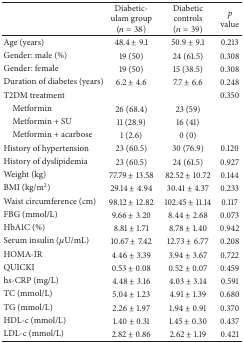
|  | Diabetic-ulam group (n = 38) | Diabetic controls (n = 39) | p value |
 | --- | --- | --- | --- |
 | Age (years) | 48.4 ± 9.1 | 50.9 ± 9.1 | 0.213 |
 | Gender: male (%) | 19 (50) | 24 (61.5) | 0.308 |
 | Gender: female | 19 (50) | 15 (38.5) | 0.308 |
 | Duration of diabetes (years) | 6.2 ± 4.6 | 7.7 ± 6.6 | 0.248 |
 | T2DM treatment |  |  | 0.350 |
 | Metformin | 26 (68.4) | 23 (59) |  |
 | Metformin + SU | 11 (28.9) | 16 (41) |  |
 | Metformin + acarbose | 1 (2.6) | 0 (0) |  |
 | History of hypertension | 23 (60.5) | 30 (76.9) | 0.120 |
 | History of dyslipidemia | 23 (60.5) | 24 (61.5) | 0.927 |
 | Weight (kg) | 77.79 ± 13.58 | 82.52 ± 10.72 | 0.144 |
 | BMI (kg/m2) | 29.14 ± 4.94 | 30.41 ± 4.37 | 0.233 |
 | Waist circumference (cm) | 98.12 ± 12.82 | 102.45 ± 11.14 | 0.117 |
 | FBG (mmol/L) | 9.66 ± 3.20 | 8.44 ± 2.68 | 0.073 |
 | HbA1C (%) | 8.81 ± 1.71 | 8.78 ± 1.40 | 0.942 |
 | Serum insulin (μU/mL) | 10.67 ± 7.42 | 12.73 ± 6.77 | 0.208 |
 | HOMA-IR | 4.46 ± 3.39 | 3.94 ± 3.67 | 0.722 |
 | QUICKI | 0.53 ± 0.08 | 0.52 ± 0.07 | 0.459 |
 | hs-CRP (mg/L) | 4.48 ± 3.16 | 4.03 ± 3.14 | 0.591 |
 | TC (mmol/L) | 5.04 ± 1.23 | 4.91 ± 1.39 | 0.680 |
 | TG (mmol/L) | 2.26 ± 1.97 | 1.94 ± 0.91 | 0.370 |
 | HDL-c (mmol/L) | 1.40 ± 0.31 | 1.45 ± 0.30 | 0.437 |
 | LDL-c (mmol/L) | 2.82 ± 0.86 | 2.62 ± 1.19 | 0.421 |